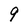
Character: 9